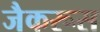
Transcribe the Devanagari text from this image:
जैकरूस